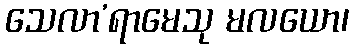
သေလာ’ရာမေသု မလယော၊